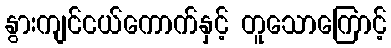
နွားကျင်ငယ်ကောက်နှင့် တူသောကြောင့်